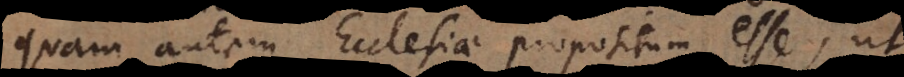
Nunquam autem Ecclesiae propositum esse, ut